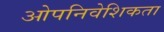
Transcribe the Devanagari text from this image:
ओपनिवेशिकता